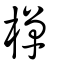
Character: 樿